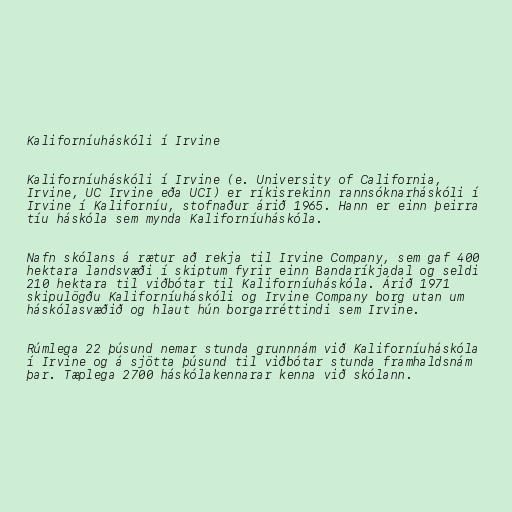
Kaliforníuháskóli í Irvine

Kaliforníuháskóli í Irvine (e. University of California,
Irvine, UC Irvine eða UCI) er ríkisrekinn rannsóknarháskóli í
Irvine í Kaliforníu, stofnaður árið 1965. Hann er einn þeirra
tíu háskóla sem mynda Kaliforníuháskóla.

Nafn skólans á rætur að rekja til Irvine Company, sem gaf 400
hektara landsvæði í skiptum fyrir einn Bandaríkjadal og seldi
210 hektara til viðbótar til Kaliforníuháskóla. Árið 1971
skipulögðu Kaliforníuháskóli og Irvine Company borg utan um
háskólasvæðið og hlaut hún borgarréttindi sem Irvine.

Rúmlega 22 þúsund nemar stunda grunnnám við Kaliforníuháskóla
í Irvine og á sjötta þúsund til viðbótar stunda framhaldsnám
þar. Tæplega 2700 háskólakennarar kenna við skólann.